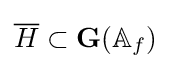
{\overline {H}}\subset \mathbf {G} (\mathbb {A} _{f})